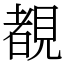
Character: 覩